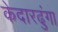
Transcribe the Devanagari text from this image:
केदारढुंगा